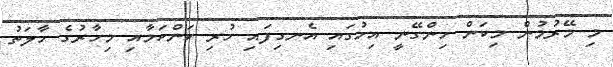
މި މޭރުމުން މިކަން ހިންގޭނީ އިހުގައި އެނގިފައި ހުރި ކަންކަމާއި މިހާރުގެ ހާލަތު